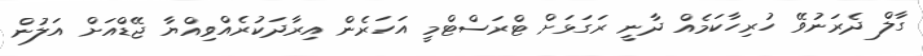
ގާލް ދެރަނުވޭ ހުރިހާކަމެއް ދާނީ ރަގަޅަށް ޓްރަސްޓްމީ އަހަރެން އިރާދަކުރެއްވިއްޔާ ޖޭޑްއަށް އަލުން